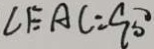
\angle E A C = 9 0 ^ { \circ }